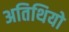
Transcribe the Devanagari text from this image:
अतिथियो